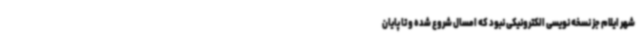
شهر ایلام جز نسخه نویسی الکترونیکی نبود که امسال شروع شده و تا پایان